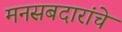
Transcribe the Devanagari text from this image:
मनसबदारांचे